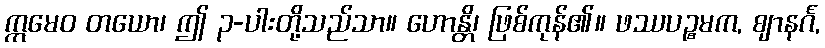
ဣမေဝ တယော၊ ဤ ၃-ပါးတို့သည်သာ။ ဟောန္တိ၊ ဖြစ်ကုန်၏။ ဖဿပဉ္စမက, ဈာနင်္ဂ,